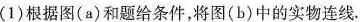
(1)根据图(a)和题给条件，将图(b)中的实物连线.